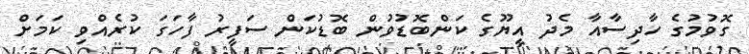
ގޮވުމުގެ ހާދިސާއާ މެދު އީޔޫގެ ކަންބޮޑުވުން ބޮޑުކަން ސަފީރު ފާހަގަ ކުރެއްވި ކަމަށް